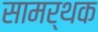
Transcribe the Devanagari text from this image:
सामर्थक